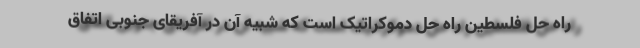
راه حل فلسطین راه ‌حل دموکراتیک است که شبیه آن در آفریقای جنوبی اتفاق